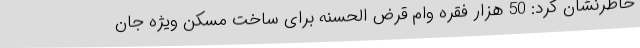
خاطرنشان کرد: 50 هزار فقره وام قرض الحسنه برای ساخت مسکن ویژه جان